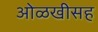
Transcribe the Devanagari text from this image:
ओळखीसह